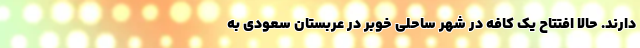
دارند. حالا افتتاح یک کافه در شهر ساحلی خوبر در عربستان سعودی به